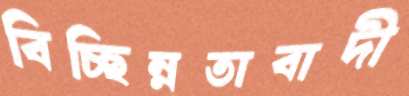
বিচ্ছিন্নতাবাদী